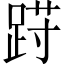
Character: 𲃩